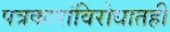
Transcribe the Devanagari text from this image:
पत्रकारांविरोधातही